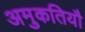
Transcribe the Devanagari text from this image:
अमुकतियौ